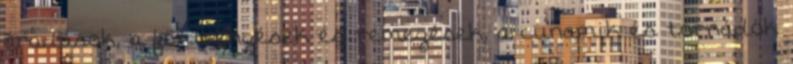
áradások, a földrengések és remegések, a cunamik és tornádók